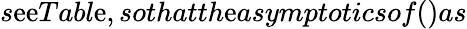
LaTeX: s\mathrm{e}\mathrm{e}Tabl\mathrm{e},sothatth\mathrm{e}asymptoticsof()as